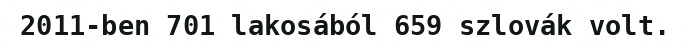
2011-ben 701 lakosából 659 szlovák volt.